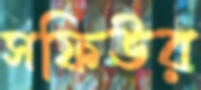
সফিউর